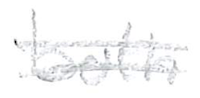
Text: both
Cross-out: double-line
Writing tool: pencil